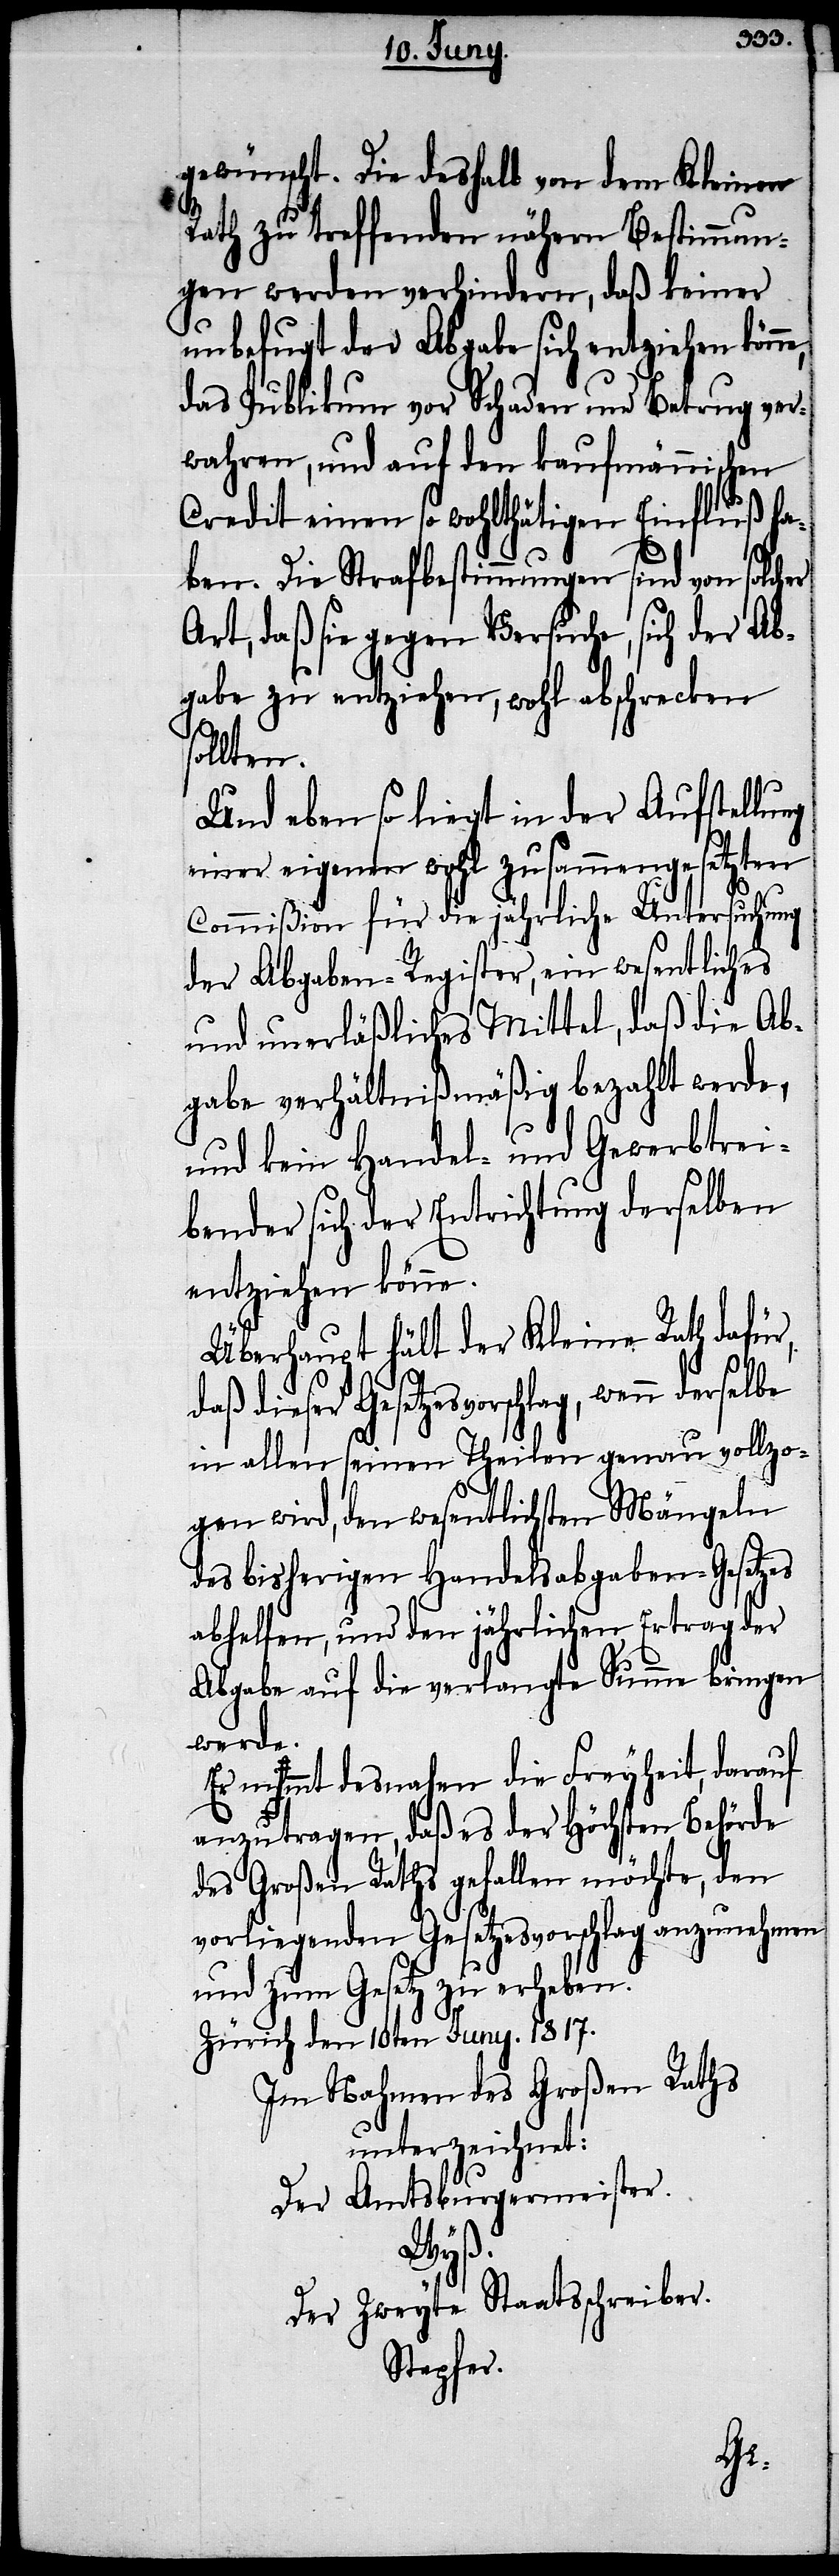
gewünscht. Die deshalb von dem Kleinen
Rath zu treffenden nähern Bestimmun¬
gen werden verhindern, daß keiner
unbefugt der Abgabe sich entziehen könn¬
das Publikum vor Schaden und Betrug ver¬
wahren, und auf den kaufmännischen
Credit einen so wohlthätigen Einfluß ha¬
ben. Die Strafbestimmungen sind von solcher
Art, daß sie gegen Versuche, sich der Ab¬
gabe zu entziehen, wohl abschrecken
ollten.
Und eben so liegt in der Aufstellung
einer eigenen wohl zusammengesetzten
Commißion für die jährliche Untersuchung
der Abgaben-Register, ein so wesentliches
und unerläßliches Mittel, daß die Ab¬
gabe verhältnißmäßig bezahlt werde,
und kein Handel- und Gewerbtrei¬
bender sich der Entrichtung derselben
entziehen könne.
Überhaupt hält der Kleine Rath dafür,
das dieser Gesetzesvorschlag, wenn
in allen seinen Theilen genau vollzo¬
gen wird, den wesentlichen Mängeln
des bisherigen Handelsabgaben-Gesetzes
abhelfen, und den jährlichen Ertrag der
Abgabe auf verlangte Summe bringen
werde.
Er nihmt desnahen die Freyheit, darauf
anzutragen, daß es der Höchsten Behörde
des Großen Raths gefallen möchte, den
vorliegenden Gesetzesvorschlag anzunehmen
und zum Gesetz zu erheben.
Zürich den 10ten Juny. 1817.
Im Nahmen des Großen Raths
unterzeichnet:
Der Amtsburgermeister.
Wyß.
Der Zweyte Staatsschreiber.
Stapfer.
s¬